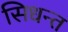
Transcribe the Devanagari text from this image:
सिधन्त